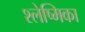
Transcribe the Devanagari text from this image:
श्‍लेष्मिका